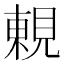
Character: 𧡍